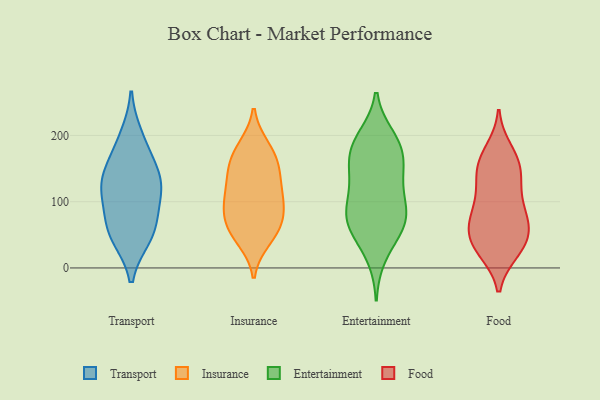
{"axis": {"x": "Temperature (°C)", "y": "Value"}, "legend": ["Entertainment", "Food", "Insurance", "Transport"], "data": [{"x": "", "y": 140, "type": "Transport"}, {"x": "", "y": 198, "type": "Transport"}, {"x": "", "y": 171, "type": "Transport"}, {"x": "", "y": 124, "type": "Transport"}, {"x": "", "y": 125, "type": "Transport"}, {"x": "", "y": 123, "type": "Transport"}, {"x": "", "y": 47, "type": "Transport"}, {"x": "", "y": 85, "type": "Transport"}, {"x": "", "y": 63, "type": "Transport"}, {"x": "", "y": 49, "type": "Transport"}, {"x": "", "y": 61, "type": "Insurance"}, {"x": "", "y": 135, "type": "Insurance"}, {"x": "", "y": 47, "type": "Insurance"}, {"x": "", "y": 73, "type": "Insurance"}, {"x": "", "y": 64, "type": "Insurance"}, {"x": "", "y": 92, "type": "Insurance"}, {"x": "", "y": 119, "type": "Insurance"}, {"x": "", "y": 183, "type": "Insurance"}, {"x": "", "y": 156, "type": "Insurance"}, {"x": "", "y": 92, "type": "Insurance"}, {"x": "", "y": 161, "type": "Insurance"}, {"x": "", "y": 114, "type": "Insurance"}, {"x": "", "y": 98, "type": "Insurance"}, {"x": "", "y": 42, "type": "Insurance"}, {"x": "", "y": 149, "type": "Insurance"}, {"x": "", "y": 182, "type": "Insurance"}, {"x": "", "y": 191, "type": "Entertainment"}, {"x": "", "y": 83, "type": "Entertainment"}, {"x": "", "y": 150, "type": "Entertainment"}, {"x": "", "y": 155, "type": "Entertainment"}, {"x": "", "y": 120, "type": "Entertainment"}, {"x": "", "y": 18, "type": "Entertainment"}, {"x": "", "y": 65, "type": "Entertainment"}, {"x": "", "y": 189, "type": "Entertainment"}, {"x": "", "y": 197, "type": "Entertainment"}, {"x": "", "y": 51, "type": "Entertainment"}, {"x": "", "y": 93, "type": "Entertainment"}, {"x": "", "y": 177, "type": "Entertainment"}, {"x": "", "y": 61, "type": "Entertainment"}, {"x": "", "y": 75, "type": "Entertainment"}, {"x": "", "y": 122, "type": "Entertainment"}, {"x": "", "y": 158, "type": "Entertainment"}, {"x": "", "y": 81, "type": "Entertainment"}, {"x": "", "y": 26, "type": "Food"}, {"x": "", "y": 160, "type": "Food"}, {"x": "", "y": 53, "type": "Food"}, {"x": "", "y": 93, "type": "Food"}, {"x": "", "y": 129, "type": "Food"}, {"x": "", "y": 138, "type": "Food"}, {"x": "", "y": 164, "type": "Food"}, {"x": "", "y": 81, "type": "Food"}, {"x": "", "y": 57, "type": "Food"}, {"x": "", "y": 57, "type": "Food"}, {"x": "", "y": 83, "type": "Food"}, {"x": "", "y": 33, "type": "Food"}, {"x": "", "y": 177, "type": "Food"}, {"x": "", "y": 72, "type": "Food"}, {"x": "", "y": 120, "type": "Food"}, {"x": "", "y": 154, "type": "Food"}, {"x": "", "y": 30, "type": "Food"}, {"x": "", "y": 29, "type": "Food"}]}